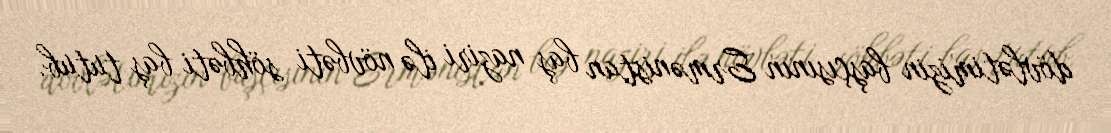
dövlətimizin başçısının Ermənistan baş naziri ilə növbəti söhbəti baş tutub.